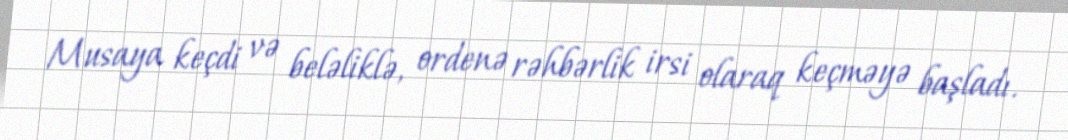
Musaya keçdi və beləliklə, ordenə rəhbərlik irsi olaraq keçməyə başladı.